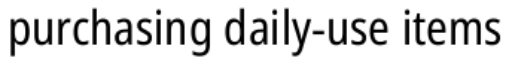
purchasing daily-use items